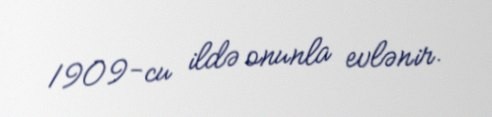
1909-cu ildə onunla evlənir.